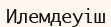
Илемдеуіш